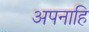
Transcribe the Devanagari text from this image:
अपनाहि